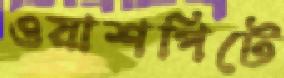
ওয়াশপিটে